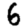
Digit: 6